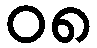
၀၈